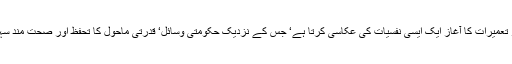
رواں ہفتے ’کامرس کالج گراؤنڈ‘ پر تعمیرات کا آغاز ایک ایسی نفسیات کی عکاسی کرتا ہے‘ جس کے نزدیک حکومتی وسائل‘ قدرتی ماحول کا تحفظ اور صحت مند سہولیات کی فراہمی کوئی ترجیح نہیں۔